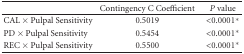
<table><thead><tr><td></td><td><b>Contingency C Coefficient</b></td><td><b><i>P</i> value</b></td></tr></thead><tbody><tr><td>CAL × Pulpal Sensitivity</td><td>0.5019</td><td>&lt;0.0001*</td></tr><tr><td>PD × Pulpal Sensitivity</td><td>0.5454</td><td>&lt;0.0001*</td></tr><tr><td>REC × Pulpal Sensitivity</td><td>0.5500</td><td>&lt;0.0001*</td></tr></tbody></table>